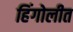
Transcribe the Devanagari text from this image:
हिंगोलीत